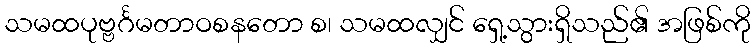
သမထပုဗ္ဗင်္ဂမတာဝစနတော စ၊ သမထလျှင် ရှေ့သွားရှိသည်၏ အဖြစ်ကို